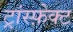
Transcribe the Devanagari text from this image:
ट्रांस्फ़ेक्ट